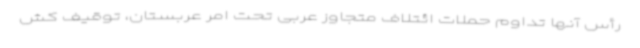
رأس آنها تداوم حملات ائتلاف متجاوز عربی تحت امر عربستان، توقیف کش